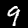
Digit: 9